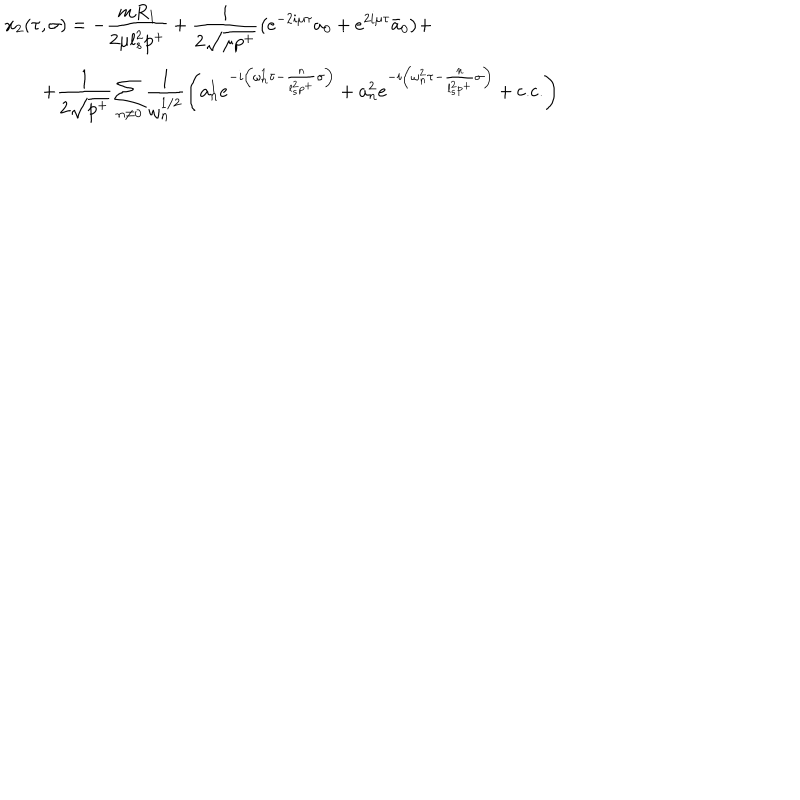
LaTeX: \begin{array} { l } { { x _ { 2 } ( \tau , \sigma ) = \displaystyle { - \frac { m R _ { 1 } } { 2 \mu l _ { s } ^ { 2 } p ^ { + } } + \frac { i } { 2 \sqrt { \mu p ^ { + } } } \left( e ^ { - 2 i \mu \tau } a _ { 0 } + e ^ { 2 i \mu \tau } \bar { a } _ { 0 } \right) } + } } \\ { { \qquad \displaystyle { + \frac { 1 } { 2 \sqrt { p ^ { + } } } \sum _ { n \neq 0 } \frac { 1 } { \omega _ { n } ^ { 1 / 2 } } \left( a _ { n } ^ { 1 } e ^ { - i \left( \omega _ { n } ^ { 1 } \tau - \frac { n } { l _ { s } ^ { 2 } p ^ { + } } \sigma \right) } + a _ { n } ^ { 2 } e ^ { - i \left( \omega _ { n } ^ { 2 } \tau - \frac { n } { l _ { s } ^ { 2 } p ^ { + } } \sigma \right) } + \textrm { c . c . } \right) } } } \\ \end{array}